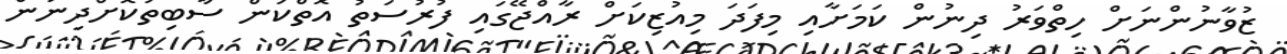
ޒުވާނުންނަށް ހިތްވަރު ދިނުން ކަމަށާއި މިފަދަ މިއުޒިކަށް ރާއްޖޭގައި ފުރުސަތު އޮތްކަން ސާބިތުކޮށްދިނުން